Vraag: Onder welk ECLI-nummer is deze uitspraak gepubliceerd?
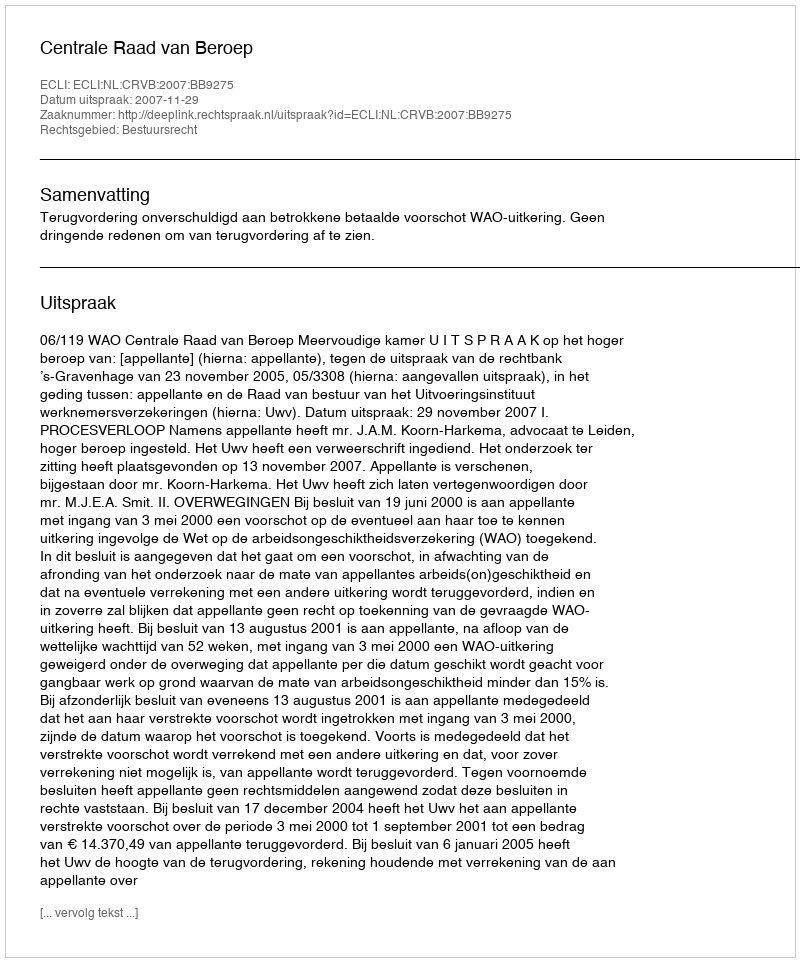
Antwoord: ECLI:NL:CRVB:2007:BB9275